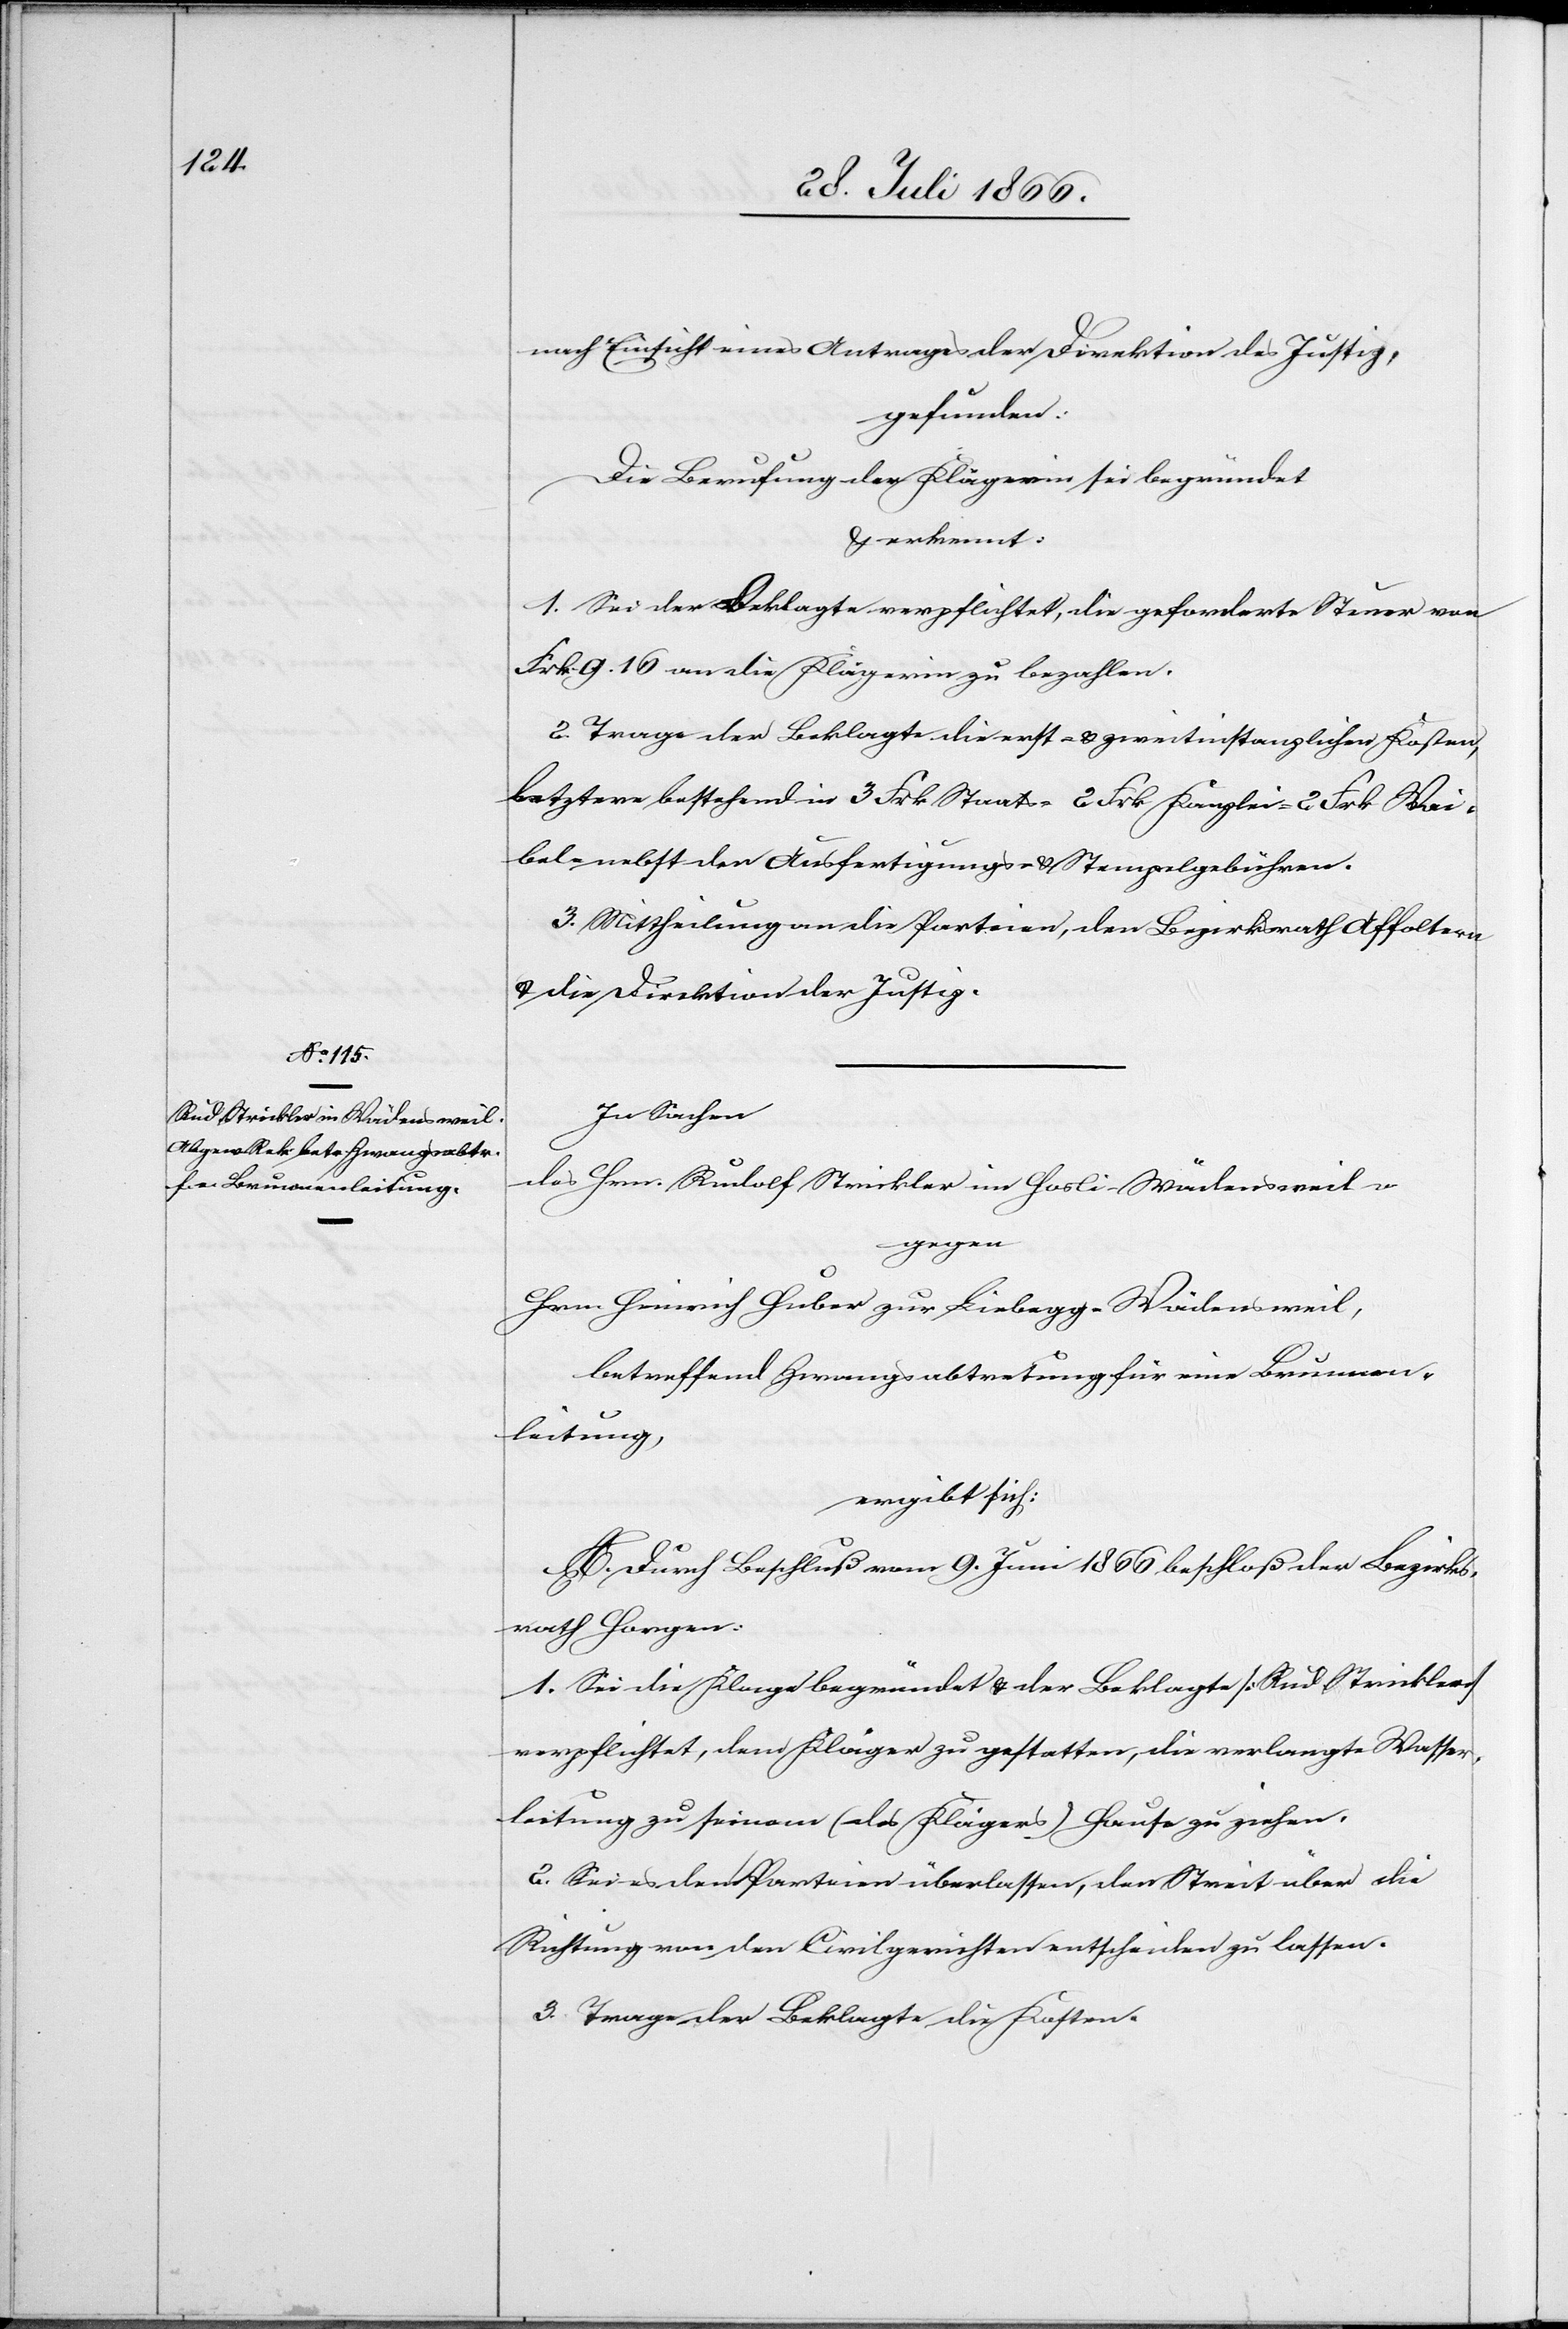
nach Einsicht eines Antrages der Direktion der Justiz,
gefunden:
Die Berufung der Klägerin sei begründet
u. erkennt:
1. Sei der Beklagte verpflichtet, die geforderte Steuer von
Frk. 9.16 an die Klägerin zu bezahlen.
2. Trage der Beklagte die erst- u. zweitinstanzlichen Kosten,
letztere bestehend in 3 Frk Staats-[,] 2 Frk. Kanzlei-[,] 2 Frk. Wei¬
bel- nebst den Ausfertigungs- u. Stempelgebühren.
3. Mittheilung an die Parteien, den Bezirksrath Affoltern
u. die Direktion der Justiz.
In Sachen
des Hrn. Rudolf Strickler im Hasli-Wädensweil
gegen
Hrn. Heinrich Huber zur Liebegg-Wädensweil,
betreffend Zwangsabtretung für eine Brunnen¬
leitung,
ergibt sich:
A. Durch Beschluß vom 9. Juni 1866 beschloß der Bezirks¬
rath Horgen:
1. Sei die Klage begründet u. der Beklagte [Rud. Strickler]
verpflichtet, dem Kläger zu gestatten, die verlangte Wasser¬
leitung zu seinem (des Klägers) Hause zu ziehen.
2. Sei es den Parteien überlassen, den Streit über die
Richtung von den Civilgerichten entscheiden zu lassen.
3. Trage der Beklagte die Kosten.